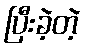
ပြီးခဲ့တဲ့